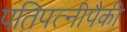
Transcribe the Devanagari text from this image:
पतिपत्‍नीपैकी